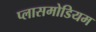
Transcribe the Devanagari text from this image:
प्लासमोडियम